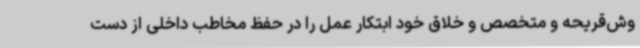
وش‌قریحه و متخصص و خلاق خود ابتکار عمل را در حفظ مخاطب داخلی از دست